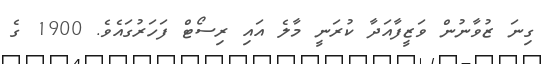
ގިނަ ޒުވާނުން ވަޒީފާއަދާ ކުރަނީ މާލެ އައި ރިސޯޓް ފަހަރުގައެވެ. 1900 ގެ